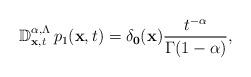
LaTeX: \begin{align*}\mathbb{D}^{\alpha,\Lambda}_{\mathbf{x},t}\,p_{1}(\mathbf{x},t)=\delta_\mathbf{0}(\mathbf{x})\frac{t^{-\alpha}}{\Gamma(1-\alpha)},\end{align*}